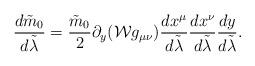
LaTeX: \begin{align*}{{d\tilde{m}_0}\over{d\tilde{\lambda}}}={{\tilde{m}_0}\over{2}}\partial_y({\cal W}g_{\mu\nu}){{dx^{\mu}}\over{d\tilde{\lambda}}}{{dx^{\nu}}\over{d\tilde{\lambda}}}{{dy}\over{d\tilde{\lambda}}}.\end{align*}